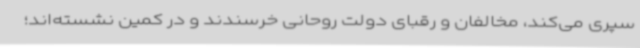
سپری می‌کند، مخالفان و رقبای دولت روحانی خرسندند و در کمین نشسته‌اند؛